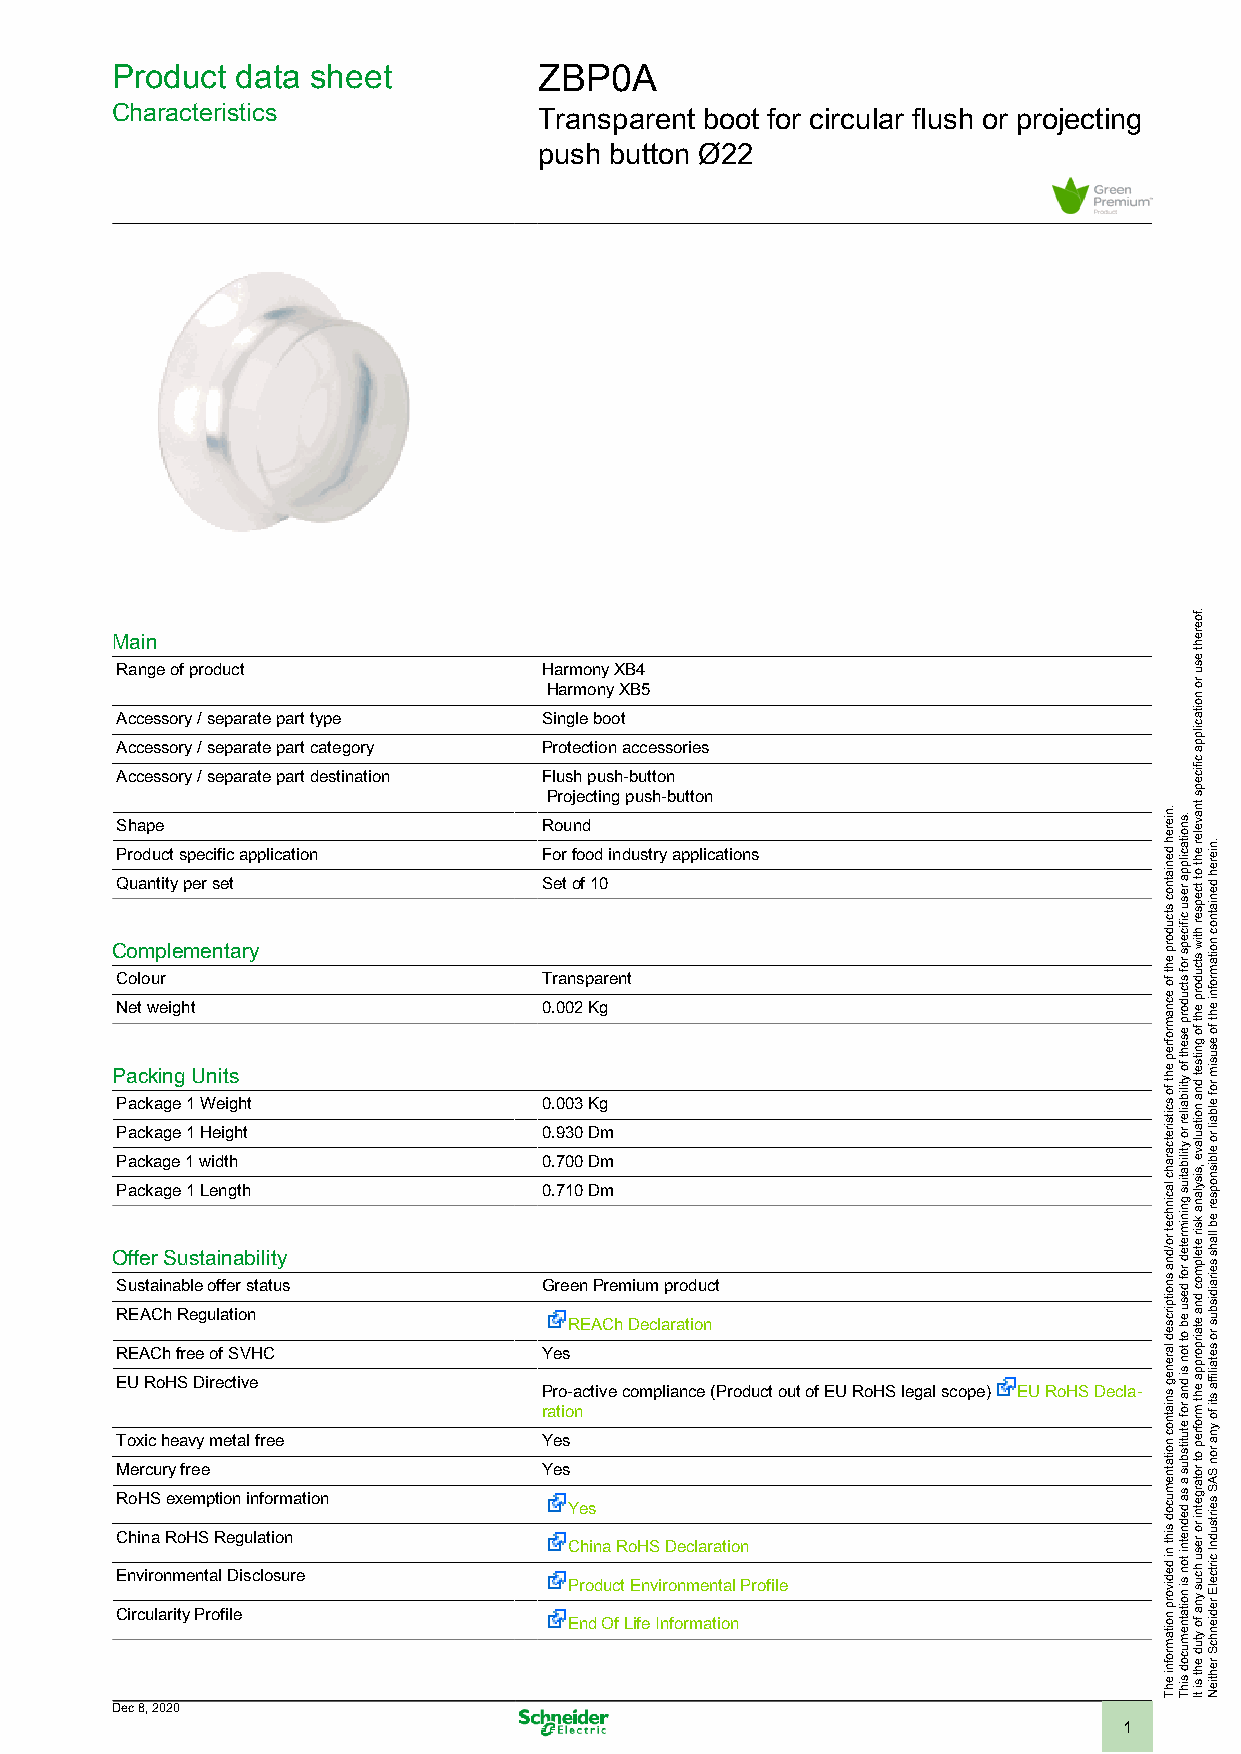
Product  data sheet          ZBP0A
 Characteristics              Transparent boot for circular flush or projecting
 push button Ø22
 Main
 Range of product            Harmony XB4
 Harmony XB5
 Accessory / separate part type Single boot
 Accessory / separate part category Protection accessories
 Accessory / separate part destination Flush push-button
 Projecting push-button
 Shape                       Round
 Product specific application For food industry applications
 Quantity per set            Set of 10
 Complementary
 Colour                      Transparent
 Net weight                  0.002 Kg
 Packing Units
 Package 1 Weight            0.003 Kg
 Package 1 Height            0.930 Dm
 Package 1 width             0.700 Dm
 Package 1 Length            0.710 Dm
 Offer Sustainability
 Sustainable offer status    Green Premium product
 REACh Regulation              REACh Declaration
 REACh free of SVHC          Yes
 EU RoHS Directive           Pro-active compliance (Product out of EU RoHS legal scope) EU RoHS Decla-
 ration
 Toxic heavy metal free      Yes
 Mercury free                Yes
 RoHS exemption information
 Yes
 China RoHS Regulation         China RoHS Declaration
 Environmental Disclosure
 Product Environmental Profile
 Circularity Profile           End Of Life Information
 Dec 8, 2020
 1
 .niereh
 deniatnoc
 stcudorp
 eht
 fo
 ecnamrofrep
 eht fo
 scitsiretcarahc
 lacinhcet
 ro/dna
 snoitpircsed
 lareneg
 sniatnoc
 noitatnemucod
 siht
 ni
 dedivorp
 noitamrofni
 ehT
 .snoitacilppa
 resu
 cificeps
 rof
 stcudorp
 eseht
 fo ytilibailer
 ro
 ytilibatius
 gninimreted
 rof
 desu
 eb
 ot
 ton
 si
 dna
 rof
 etutitsbus
 a
 sa
 dednetni
 ton
 si
 noitatnemucod
 sihT
 .foereht
 esu
 ro
 noitacilppa
 cificeps
 tnaveler
 eht
 ot
 tcepser
 htiw
 stcudorp
 eht
 fo
 gnitset
 dna
 noitaulave
 ,sisylana
 ksir
 etelpmoc
 dna
 etairporppa
 eht
 mrofrep
 ot
 rotargetni
 ro
 resu
 hcus
 yna
 fo
 ytud
 eht
 si
 tI
 .niereh
 deniatnoc
 noitamrofni
 eht
 fo
 esusim
 rof
 elbail
 ro
 elbisnopser
 eb
 llahs
 seiraidisbus
 ro
 setailiffa
 sti
 fo
 yna
 ron
 SAS
 seirtsudnI
 cirtcelE
 redienhcS
 rehtieN